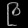
Digit: ၉